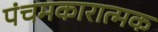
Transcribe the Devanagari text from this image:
पंचमकारात्मक